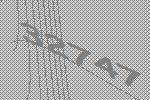
32747